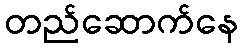
တည်ဆောက်နေ